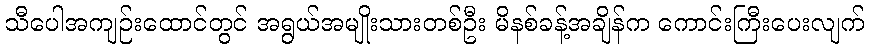
သီပေါအကျဉ်းထောင်တွင် အရွယ်အမျိုးသားတစ်ဦး မိနစ်ခန့်အချိန်က ကောင်းကြီးပေးလျက်